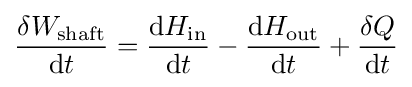
{\frac {\delta W_{\text{shaft}}}{\mathrm {d} t}}={\frac {\mathrm {d} H_{\text{in}}}{\mathrm {d} t}}-{\frac {\mathrm {d} H_{\text{out}}}{\mathrm {d} t}}+{\frac {\delta Q}{\mathrm {d} t}}